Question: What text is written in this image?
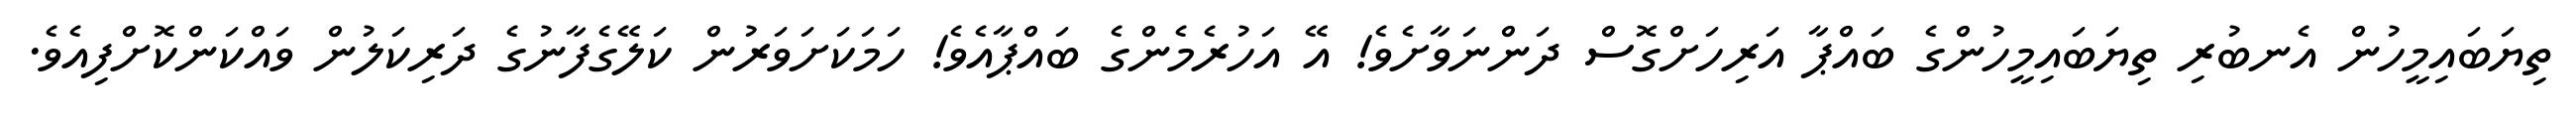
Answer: ތިޔަބައިމީހުން އެނބުރި ތިޔަބައިމީހުންގެ ބައްޕާ އަރިހަށްގޮސް ދަންނަވާށެވެ! އޭ އަހުރެމެންގެ ބައްޕާއެވެ! ހަމަކަށަވަރުން ކަލޭގެފާނުގެ ދަރިކަލުން ވައްކަންކޮށްފިއެވެ.